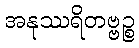
အနုဿရိတဗ္ဗဉ္စ